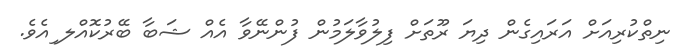
ނިތްކުރިއަށް އަރައިގެން ދިޔަ ރޫތަށް ފިލުވާލަމުން ފުންނޭވާ އެއް ޝަބާ ބޭރުކޮއްލ ިއެވެ.